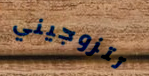
تتزوجيني